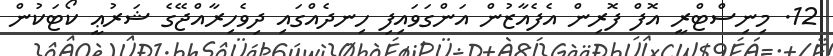
12. މިނިސްޓްރީ އޮފް ފޮރިން އެފެއާޒުން އަންގަވައިފި ހިނދެއްގައި ދިވެހިރާއްޖޭގެ ޝަރުޢީ ކޯޓަކުން